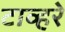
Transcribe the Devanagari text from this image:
टाव्हरे